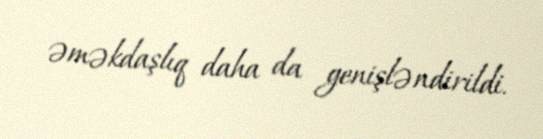
əməkdaşlıq daha da genişləndirildi.